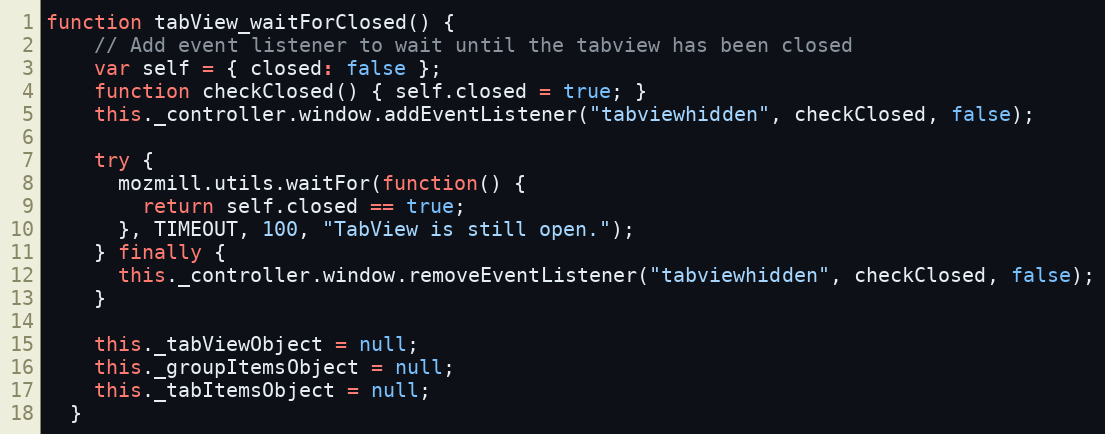
Language: JavaScript
function tabView_waitForClosed() {
    // Add event listener to wait until the tabview has been closed
    var self = { closed: false };
    function checkClosed() { self.closed = true; }
    this._controller.window.addEventListener("tabviewhidden", checkClosed, false);

    try {
      mozmill.utils.waitFor(function() {
        return self.closed == true;
      }, TIMEOUT, 100, "TabView is still open.");
    } finally {
      this._controller.window.removeEventListener("tabviewhidden", checkClosed, false);
    }

    this._tabViewObject = null;
    this._groupItemsObject = null;
    this._tabItemsObject = null;
  }